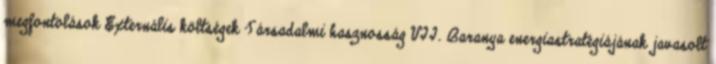
megfontolások Externális költségek Társadalmi hasznosság VII. Baranya energiastratégiájának javasolt